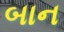
બાન